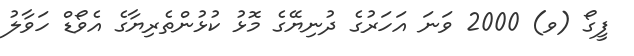
ފީގޯ (ވ) 2000 ވަނަ އަހަރުގެ ދުނިޔޭގެ މޮޅު ކުޅުންތެރިޔާގެ އެވޯޑް ހަވާލު